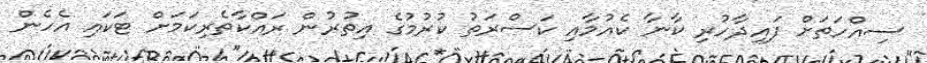
ސިއްހަތަށް ފައިދާހުރި ކާނާ ކެއުމާއި ކަސްރަތު ކުރުމުގެ އިތުރުން ރައްކާތެރިކަމަށް ޓަކައި އެހެން